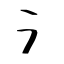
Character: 氵